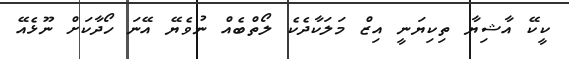
ކީކޭ އާޝިޔާ ތިކިޔަނީ އިޒް މަލަކާދެކެ ލޯތްބެއް ނުވެޔޭ އޭނަ ހޯދާކަށް ނޫޅެއޭ